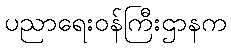
ပညာရေးဝန်ကြီးဌာနက